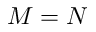
M = N